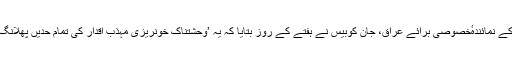
اقوام متحدہ کے نمائندہٴخصوصی برائے عراق، جان کوبیس نے ہفتے کے روز بتایا کہ یہ ’وحشتناک خونریزی مہذب اقدار کی تمام حدیں پھلانگ چکی ہے‘۔